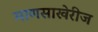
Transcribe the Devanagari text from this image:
माणसाखेरीज